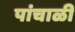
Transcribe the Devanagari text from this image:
पांचाळी